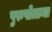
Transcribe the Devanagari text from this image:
पुरुषोत्तमा